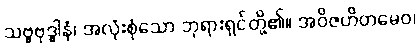
သဗ္ဗဗုဒ္ဓါနံ၊ အလုံးစုံသော ဘုရားရှင်တို့၏။ အဝိဇဟိတမေဝ၊